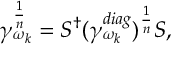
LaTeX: \gamma _ { \omega _ { k } } ^ { \frac { 1 } { n } } = S ^ { \dagger } ( \gamma _ { \omega _ { k } } ^ { d i a g } ) ^ { \frac { 1 } { n } } S ,